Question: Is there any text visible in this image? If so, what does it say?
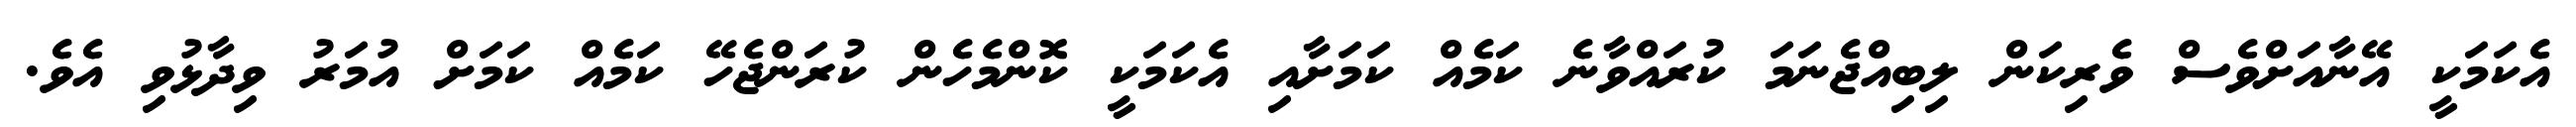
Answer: އެކަމަކީ އޭނާއަށްވެސް ވެރިކަން ލިބިއްޖެނަމަ ކުރައްވާނެ ކަމެއް ކަމަށާއި އެކަމަކީ ކޮންމެހެން ކުރަންޖެހޭ ކަމެއް ކަމަށް އުމަރު ވިދާޅުވި އެވެ.